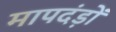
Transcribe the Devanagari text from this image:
मापदंड़ों